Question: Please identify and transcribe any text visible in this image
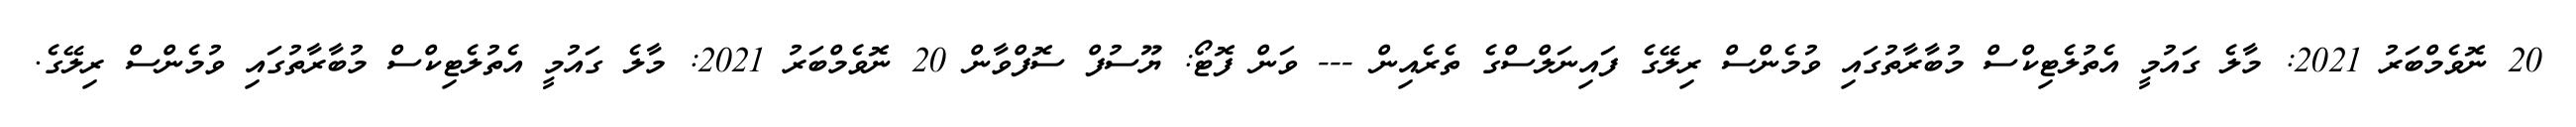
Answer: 20 ނޮވެމްބަރު 2021: މާލެ ގައުމީ އެތުލެޓިކްސް މުބާރާތުގައި ވުމެންސް ރިލޭގެ ފައިނަލްސްގެ ތެރެއިން --- ވަން ފޮޓޯ: ޔޫސުފް ސޮފްވާން 20 ނޮވެމްބަރު 2021: މާލެ ގައުމީ އެތުލެޓިކްސް މުބާރާތުގައި ވުމެންސް ރިލޭގެ.